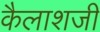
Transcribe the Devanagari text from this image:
कैलाशजी